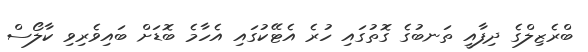
ބްރެޒިލްގެ ދިފާއީ ތަނބުގެ ގޮތުގައި ހުރެ އެޓޭކުގައި އެހާމެ ބޮޑަށް ބައިވެރިވި ކާލޯސް